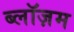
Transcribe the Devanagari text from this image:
ब्लॉज़म